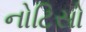
નોટિસો